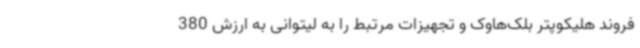
فروند هلیکوپتر بلک‌هاوک و تجهیزات مرتبط را به لیتوانی به ارزش 380